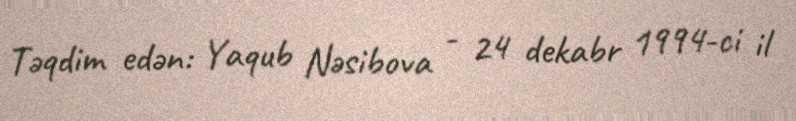
Təqdim edən: Yaqub Nəsibova - 24 dekabr 1994-ci il